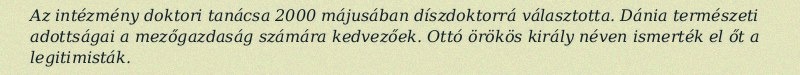
Az intézmény doktori tanácsa 2000 májusában díszdoktorrá választotta. Dánia természeti adottságai a mezőgazdaság számára kedvezőek. Ottó örökös király néven ismerték el őt a legitimisták.